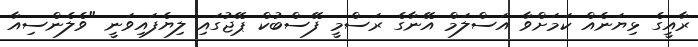
ރާއީގެ ޅިޔަނެއް ކަމަށްވާ އަސްލަމް އޭނާގެ ރަސްމީ ފޭސްބުކް ޕޭޖުގައި ލިޔެފައިވަނީ "ވެލެންސިއާ